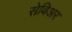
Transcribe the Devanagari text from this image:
सेविअर